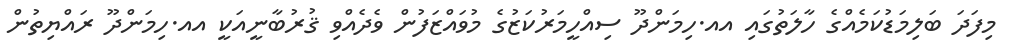
މިފަދަ ބަލިމަޑުކަމެއްގެ ހާލަތުގައި އއ.ހިމަންދޫ ސިއްހީމަރުކަޒުގެ މުވައްޒަފުން ވެދެއްވި ޤުރުބާނީއަކީ އއ.ހިމަންދޫ ރައްޔިތުން